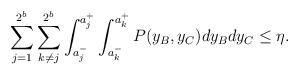
LaTeX: \begin{align*}\sum_{j=1}^{2^b}\sum_{k \neq j}^{2^b}\int_{a^-_j}^{a^+_j}\int_{a^-_k}^{a^+_k} P(y_{B},y_{C}) dy_B dy_C \leq \eta.\end{align*}